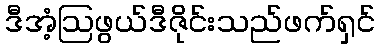
ဒီအံ့ဩဖွယ်ဒီဇိုင်းသည်ဖက်ရှင်